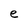
Character: e